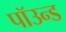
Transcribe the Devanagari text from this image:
पॉउन्ड